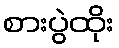
စားပွဲထိုး